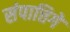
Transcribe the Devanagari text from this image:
संपात्तिगे